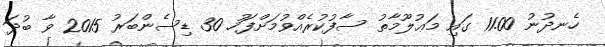
ހެނދުނު 11.00 ގައި މަޢުލޫމާތު ސާފުކުރެއްވުމަށްފަހު 30 ޑިސެންބަރު 2015 ވާ ބުދަ